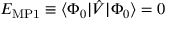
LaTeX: E _ { \mathrm { M P 1 } } \equiv \langle \Phi _ { 0 } | { \hat { V } } | \Phi _ { 0 } \rangle = 0